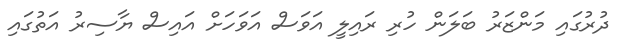
ދުރުގައި މަންޒަރު ބަލަން ހުރި ރައިލީ އަވަސް އަވަހަށް އައިސް ޔާސިރު އަތުގައި